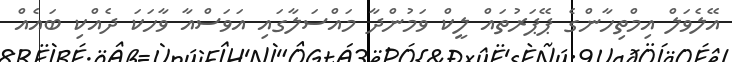
އޭލެވަލް އިމްތިހާންގެ ޕޭޕަރުތައް ލީކް ވަމުންދާ މައްސަލާގައި އަވަސްއާ ވާހަކަ ދެއްކި ބައެއް